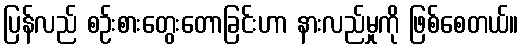
ပြန်လည် စဉ်းစားတွေးတောခြင်းဟာ နားလည်မှုကို ဖြစ်စေတယ်။